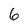
Character: 6